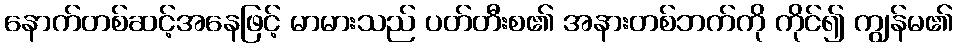
နောက်တစ်ဆင့်အနေဖြင့် မာမားသည် ပတ်တီးစ၏ အနားတစ်ဘက်ကို ကိုင်၍ ကျွန်မ၏